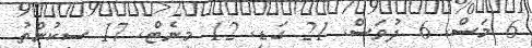
6 މަސް